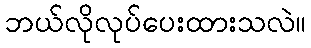
ဘယ်လိုလုပ်ပေးထားသလဲ။